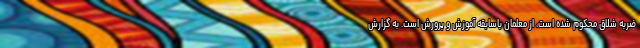
ضربه شلاق محکوم شده است، از معلمان باسابقه آموزش و پرورش است. به گزارش